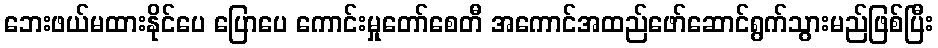
ဘေးဖယ်မထားနိုင်ပေ ပြောပေ ကောင်းမှုတော်စေတီ အကောင်အထည်ဖော်ဆောင်ရွက်သွားမည်ဖြစ်ပြီး